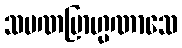
သမဏဗြာဟ္မဏာသေ